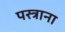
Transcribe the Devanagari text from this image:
पस्त्राना